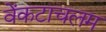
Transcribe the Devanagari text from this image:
वेंकटाचलम